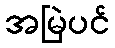
အမြဲပင်